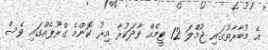
އެ މުބާރާތުގައި ޖުމްލަ 12 ޓީމެއް ވާދަކުރާ އިރު ކޮންމެ ގްރޫޕެއްގައި ވެސް